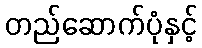
တည်ဆောက်ပုံနှင့်